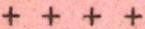
++++